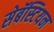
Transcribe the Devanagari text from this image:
सेबॅस्टियन